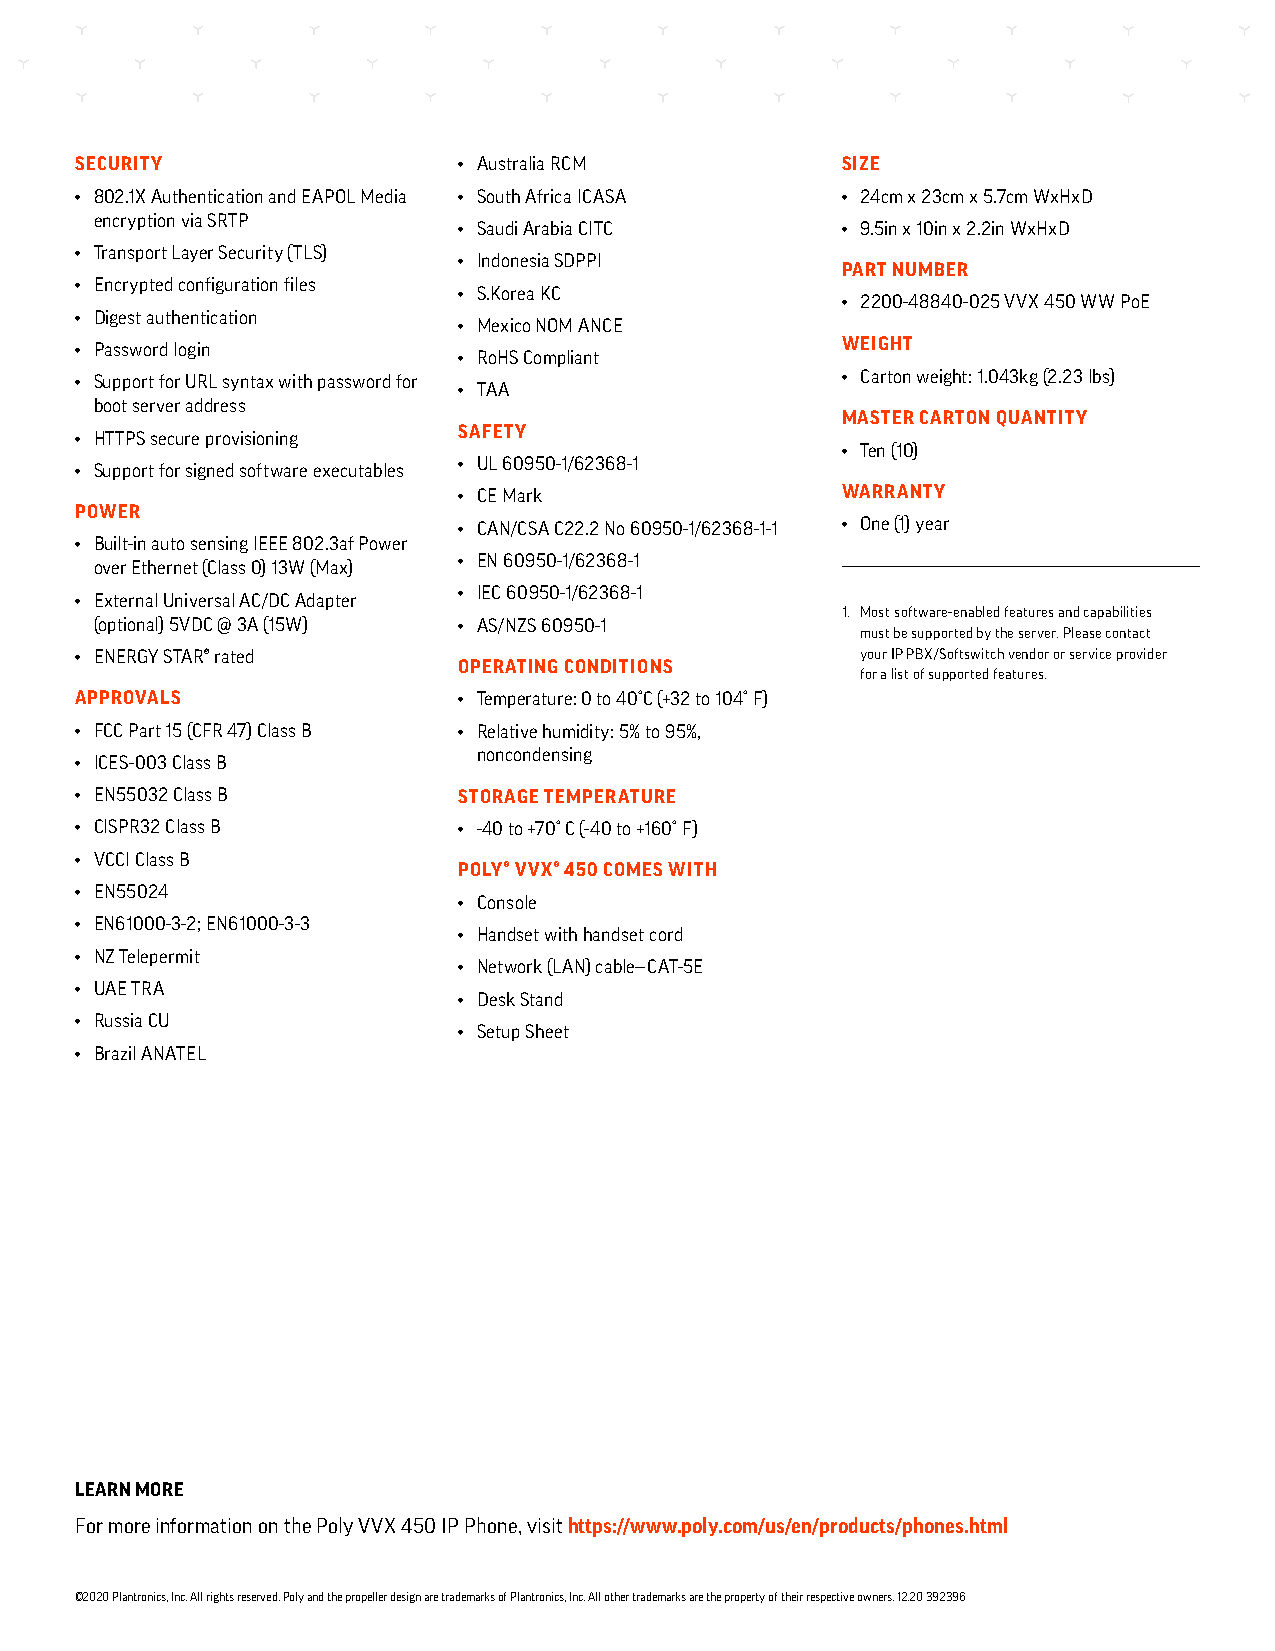
SECURITY                 • Australia RCM           SIZE
 • 802.1X Authentication and EAPOL Media • South Africa ICASA • 24cm x 23cm x 5.7cm WxHxD
 encryption via SRTP
 • Saudi Arabia CITC       • 9.5in x 10in x 2.2in WxHxD
 • Transport Layer Security (TLS)
 • Indonesia SDPPI
 PART NUMBER
 • Encrypted configuration files
 • S.Korea KC
 • 2200-48840-025 VVX 450 WW PoE
 • Digest authentication
 • Mexico NOM ANCE
 WEIGHT
 • Password login
 • RoHS Compliant
 • Support for URL syntax with password for         • Carton weight: 1.043kg (2.23 lbs)
 • TAA
 boot server address
 MASTER CARTON QUANTITY
 SAFETY
 • HTTPS secure provisioning
 • Ten (10)
 • UL 60950-1/62368-1
 • Support for signed software executables
 • CE Mark                 WARRANTY
 POWER
 • CAN/CSA C22.2 No 60950-1/62368-1-1 • One (1) year
 • Built-in auto sensing IEEE 802.3af Power
 • EN 60950-1/62368-1
 over Ethernet (Class 0) 13W (Max)
 • IEC 60950-1/62368-1
 • External Universal AC/DC Adapter
 1. Most software-enabled features and capabilities
 (optional) 5VDC @ 3A (15W) • AS/NZS 60950-1
 must be supported by the server. Please contact
 • ENERGY STAR® rated                                your IP PBX/Softswitch vendor or service provider
 OPERATING CONDITIONS
 for a list of supported features.
 APPROVALS                • Temperature: 0 to 40°C (+32 to 104° F)
 • FCC Part 15 (CFR 47) Class B • Relative humidity: 5% to 95%,
 noncondensing
 • ICES-003 Class B
 • EN55032 Class B        STORAGE TEMPERATURE
 • CISPR32 Class B        • -40 to +70° C (-40 to +160° F)
 • VCCI Class B
 POLY® VVX® 450 COMES WITH
 • EN55024
 • Console
 • EN61000-3-2; EN61000-3-3
 • Handset with handset cord
 • NZ Telepermit
 • Network (LAN) cable—CAT-5E
 • UAE TRA
 • Desk Stand
 • Russia CU
 • Setup Sheet
 • Brazil ANATEL
 LEARN MORE
 For more information on the Poly VVX 450 IP Phone, visit https://www.poly.com/us/en/products/phones.html
 ©2020 Plantronics, Inc. All rights reserved. Poly and the propeller design are trademarks of Plantronics, Inc. All other trademarks are the property of their respective owners. 12.20 392396